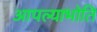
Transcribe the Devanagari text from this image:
आपल्याभोति